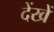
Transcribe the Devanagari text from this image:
देंखें